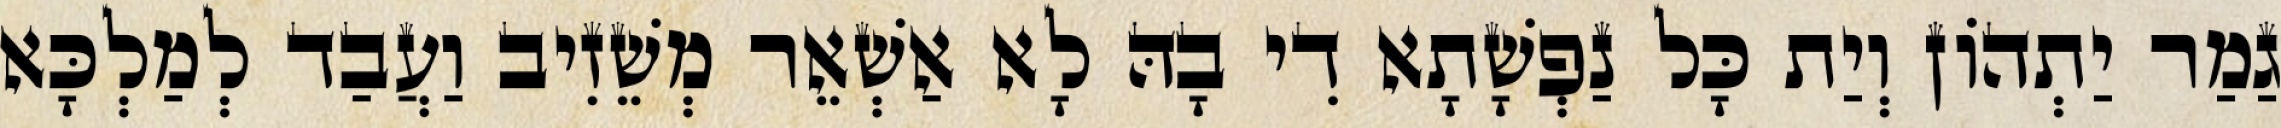
גַמַר יַתְהוֹן וְיַת כָּל נַפְשָׁתָא דִי בָהּ לָא אַשְׁאֵר מְשֵׁזִיב וַעֲבַד לְמַלְכָּא